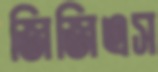
জিজিএস